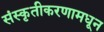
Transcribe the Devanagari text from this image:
संस्कृतीकरणामधून